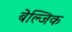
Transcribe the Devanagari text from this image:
बेल्जिक